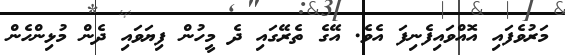
މަރުވެފައި އޮއްވައިފެނިފަ އެވެ. އޭގެ ތެރޭގައި ދެ މީހުން ފިޔަވައި ދެން މުޅިންހެން